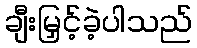
ချီးမြှင့်ခဲ့ပါသည်